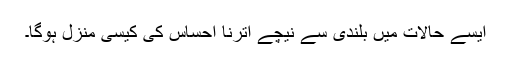
ایسے حالات میں بلندی سے نیچے اُترنا احساس کی کیسی منزل ہوگا۔